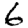
Digit: 6